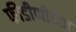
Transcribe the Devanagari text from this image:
फीडीप्पीडीज